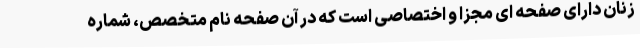
زنان دارای صفحه ای مجزا و اختصاصی است که در آن صفحه نام متخصص، شماره